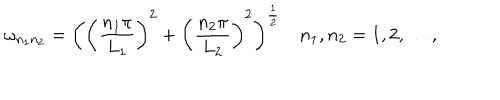
\omega _ { n _ { 1 } n _ { 2 } } = \biggl ( \biggl ( \frac { n _ { 1 } \pi } { L _ { 1 } } \biggr ) ^ { 2 } + \biggl ( \frac { n _ { 2 } \pi } { L _ { 2 } } \biggr ) ^ { 2 } \biggr ) ^ { \frac { 1 } { 2 } } ~ n _ { 1 } , n _ { 2 } = 1 , 2 , \dots ,